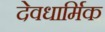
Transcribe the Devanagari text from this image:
देवधार्मिक